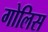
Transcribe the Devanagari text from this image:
गोलिस